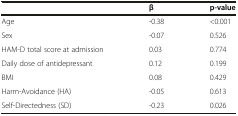
|  | β | p-value |
 | --- | --- | --- |
 | Age | -0.38 | <0.001 |
 | Sex | -0.07 | 0.526 |
 | HAM-D total score at admission | 0.03 | 0.774 |
 | Daily dose of antidepressant | 0.12 | 0.199 |
 | BMI | 0.08 | 0.429 |
 | Harm-Avoidance (HA) | -0.05 | 0.613 |
 | Self-Directedness (SD) | -0.23 | 0.026 |